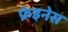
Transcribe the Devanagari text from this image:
फ़ेइनेस